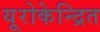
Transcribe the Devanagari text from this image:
यूरोकेन्द्रित